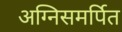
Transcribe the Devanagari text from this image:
अग्निसमर्पित